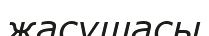
жасушасы